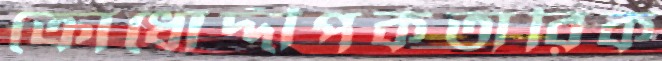
ক্রোধোদ্দীপকতারিক